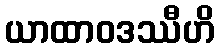
ယာထာဝဒဿီဟိ